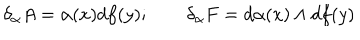
\delta _ { \alpha } A = \alpha ( x ) d f ( y ) ; \qquad \delta _ { \alpha } F = d \alpha ( x ) \wedge d f ( y )